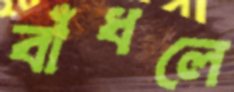
বাঁধলে